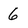
Character: 6